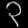
Digit: ၃